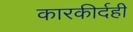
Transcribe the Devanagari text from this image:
कारकीर्दही